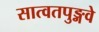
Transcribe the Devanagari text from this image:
सात्वतपुङ्गवे